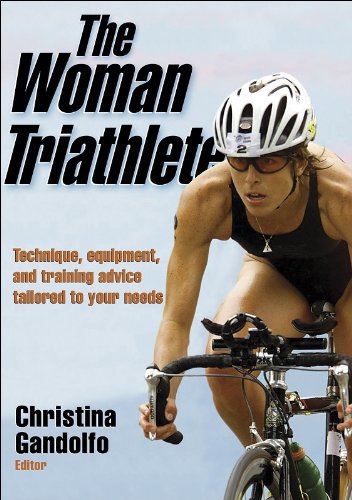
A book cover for The Woman Triathlete; Christina Gandolfo; Sports & Outdoors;